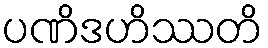
ပဏိဒဟိဿတိ